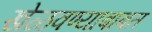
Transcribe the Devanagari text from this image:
खेळवण्याबाबत